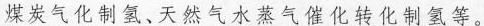
煤炭气化制氢、天然气水蒸气催化转化制氢等。